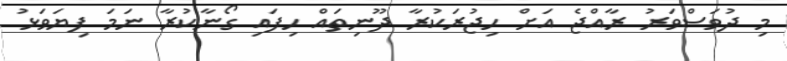
މި ދުވަސްވަރު ރާއްޖެ އަށް ހިޖުރަކުރާ ދޫނިތައް ހިފައި ގޯނާކުރާ ނަމަ ފިޔަވަޅު